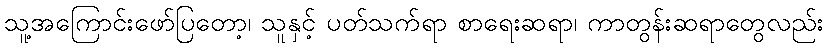
သူ့အကြောင်းဖော်ပြတော့၊ သူနှင့် ပတ်သက်ရာ စာရေးဆရာ၊ ကာတွန်းဆရာတွေလည်း